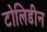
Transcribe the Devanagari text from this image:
टोलिडीन